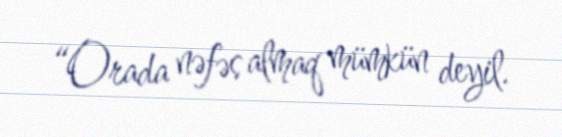
“Orada nəfəs almaq mümkün deyil.